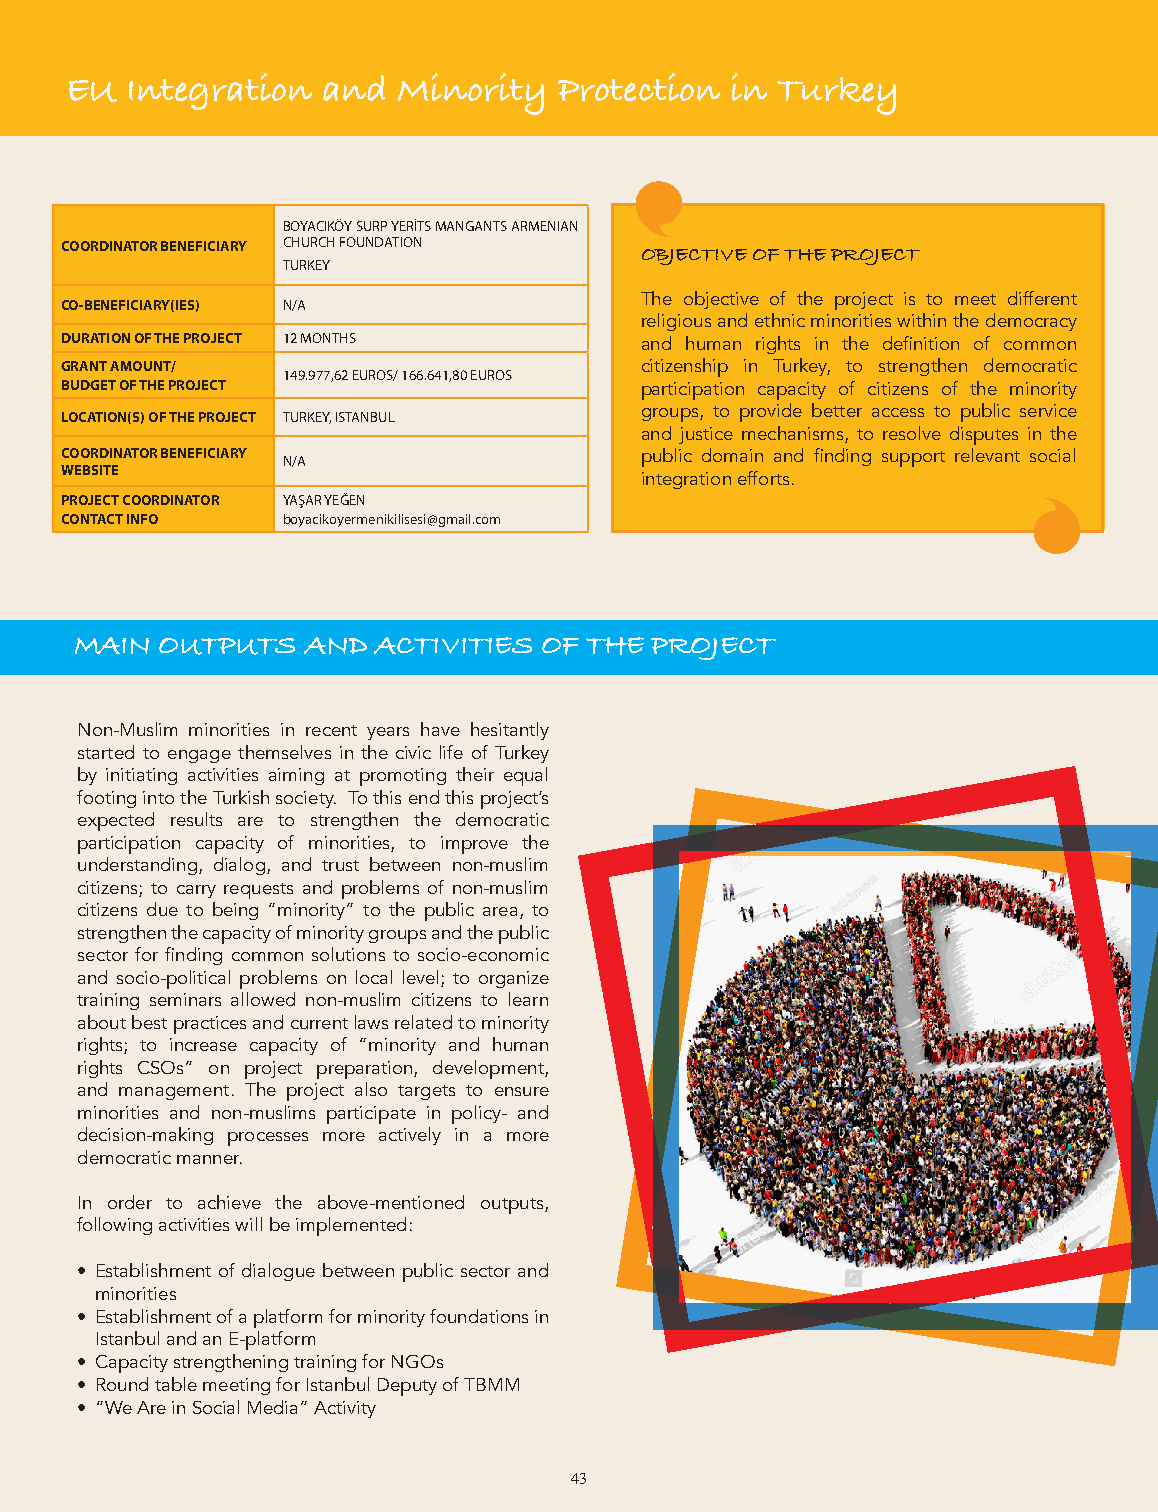
CSOs are Getting Stronger with Civil Society Support Center EU Integration and Minority Protection in Turkey
 BOYACIKÖY SURP YERİTS MANGANTS ARMENIAN
 COORDINATOR BENEFICIARY CHURCH FOUNDATION
 OBJECTIVE OF THE PROJECT
 TURKEY
 The objective of the project is to meet different
 CO-BENEFICIARY(IES) N/A
 religious and ethnic minorities within the democracy
 DURATION OF THE PROJECT 12 MONTHS     and human rights in the definition of common
 GRANT AMOUNT/                         citizenship in Turkey, to strengthen democratic
 149.977,62 EUROS/ 166.641,80 EUROS
 BUDGET OF THE PROJECT                 participation capacity of citizens of the minority
 groups, to provide better access to public service
 LOCATION(S) OF THE PROJECT TURKEY, ISTANBUL
 and justice mechanisms, to resolve disputes in the
 COORDINATOR BENEFICIARY               public domain and finding support relevant social
 N/A
 WEBSITE
 integration efforts.
 PROJECT COORDINATOR YAŞAR YEĞEN
 CONTACT INFO   boyacikoyermenikilisesi@gmail.com
 MAIN OUTPUTS AND ACTIVITIES OF THE PROJECT MAIN OUTPUTS AND ACTIVITIES OF THE PROJECT
 Non-Muslim minorities in recent years have hesitantly
 started to engage themselves in the civic life of Turkey
 by initiating activities aiming at promoting their equal
 footing into the Turkish society. To this end this project’s
 expected results are to strengthen the democratic
 participation capacity of minorities, to improve the
 understanding, dialog, and trust between non-muslim
 citizens; to carry requests and problems of non-muslim
 citizens due to being “minority” to the public area, to
 strengthen the capacity of minority groups and the public
 sector for finding common solutions to socio-economic
 and socio-political problems on local level; to organize
 training seminars allowed non-muslim citizens to learn
 about best practices and current laws related to minority
 rights; to increase capacity of “minority and human
 rights CSOs” on project preparation, development,
 and management. The project also targets to ensure
 minorities and non-muslims participate in policy- and
 decision-making processes more actively in a more
 democratic manner.
 In order to achieve the above-mentioned outputs,
 following activities will be implemented:
 • Establishment of dialogue between public sector and
 minorities
 • Establishment of a platform for minority foundations in
 Istanbul and an E-platform
 • Capacity strengthening training for NGOs
 • Round table meeting for Istanbul Deputy of TBMM
 • “We Are in Social Media” Activity
 43